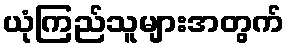
ယုံကြည်သူများအတွက်